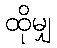
ထိုမျှ